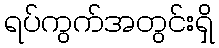
ရပ်ကွက်အတွင်းရှိ